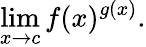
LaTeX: \operatorname*{lim}_{x\to c}f(x)^{g(x)}.